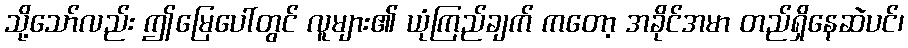
သို့သော်လည်း ဤမြေပေါ်တွင် လူများ၏ ယုံကြည်ချက် ကတော့ အခိုင်အမာ တည်ရှိနေဆဲပင်၊